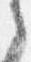
之